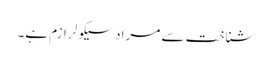
شناخت سے مراد سیکولرازم ہے۔